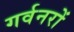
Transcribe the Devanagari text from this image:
गर्वनरों